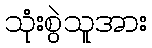
သုံးစွဲသူအား